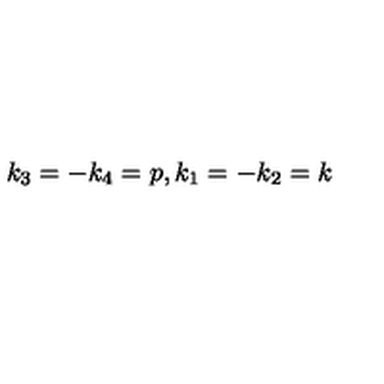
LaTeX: k _ { 3 } = - k _ { 4 } = p , k _ { 1 } = - k _ { 2 } = k